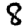
Digit: 8